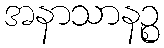
အနာသာနဉ္စ